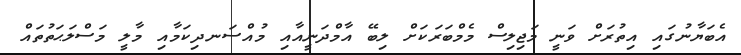
އެބަޔާނުގައި އިތުރަށް ވަނީ މަޖިލިސް މެމްބަރަކަށް ލިބޭ އާމްދަނީއާއި މުއްސަނދިކަމާއި މާލީ މަސްލަޙަތުތައް